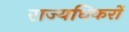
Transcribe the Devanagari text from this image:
राज्यधिकरों